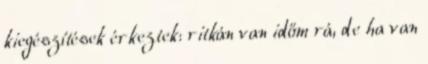
kiegészítések érkeztek: ritkán van időm rá, de ha van